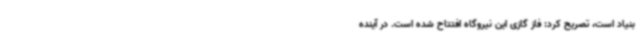
بنیاد است، تصریح کرد: فاز گازی این نیروگاه افتتاح شده است. در آینده